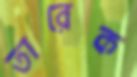
তারেক